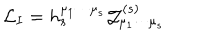
{ \cal L } _ { I } = h _ { s } ^ { \mu _ { 1 } \cdots \mu _ { s } } { \cal J } _ { \mu _ { 1 } \cdots \mu _ { s } } ^ { ( s ) }